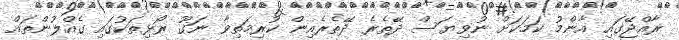
ރާއްޖޭގައި އާންމު ކަމަކަށް ނުވިޔަސް ދޭތެރެ ދޭތެރެއިން ކުރިމަތިވާ ނަގޫ ރޯޅިތަކުގައި ގެއްލުންތައް